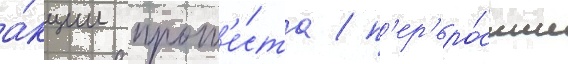
а́кции прот'е́ста / п'ер'еро́сшие